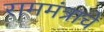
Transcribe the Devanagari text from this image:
राममंत्राचे